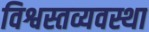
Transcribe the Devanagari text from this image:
विश्वस्तव्यवस्था